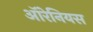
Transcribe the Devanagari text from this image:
ऑरेनियस